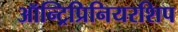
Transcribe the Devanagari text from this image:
ऑन्ट्रिप्रिनियरशिप